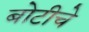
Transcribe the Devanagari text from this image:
बोटीचे